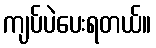
ကျပ်ပဲပေးရတယ်။